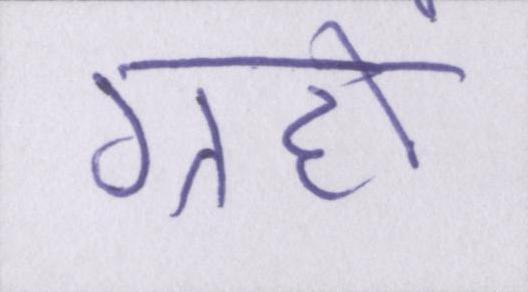
ग्रहों